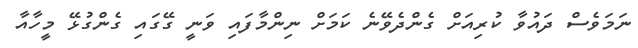
ނަމަވެސް ދައުވާ ކުރިއަށް ގެންދެވޭނެ ކަމަށް ނިންމާފައި ވަނީ ގޭގައި ގެންގުޅޭ މީހާއާ